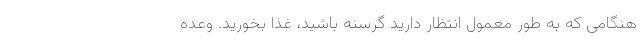
هنگامی که به طور معمول انتظار دارید گرسنه باشید، غذا بخورید. وعده